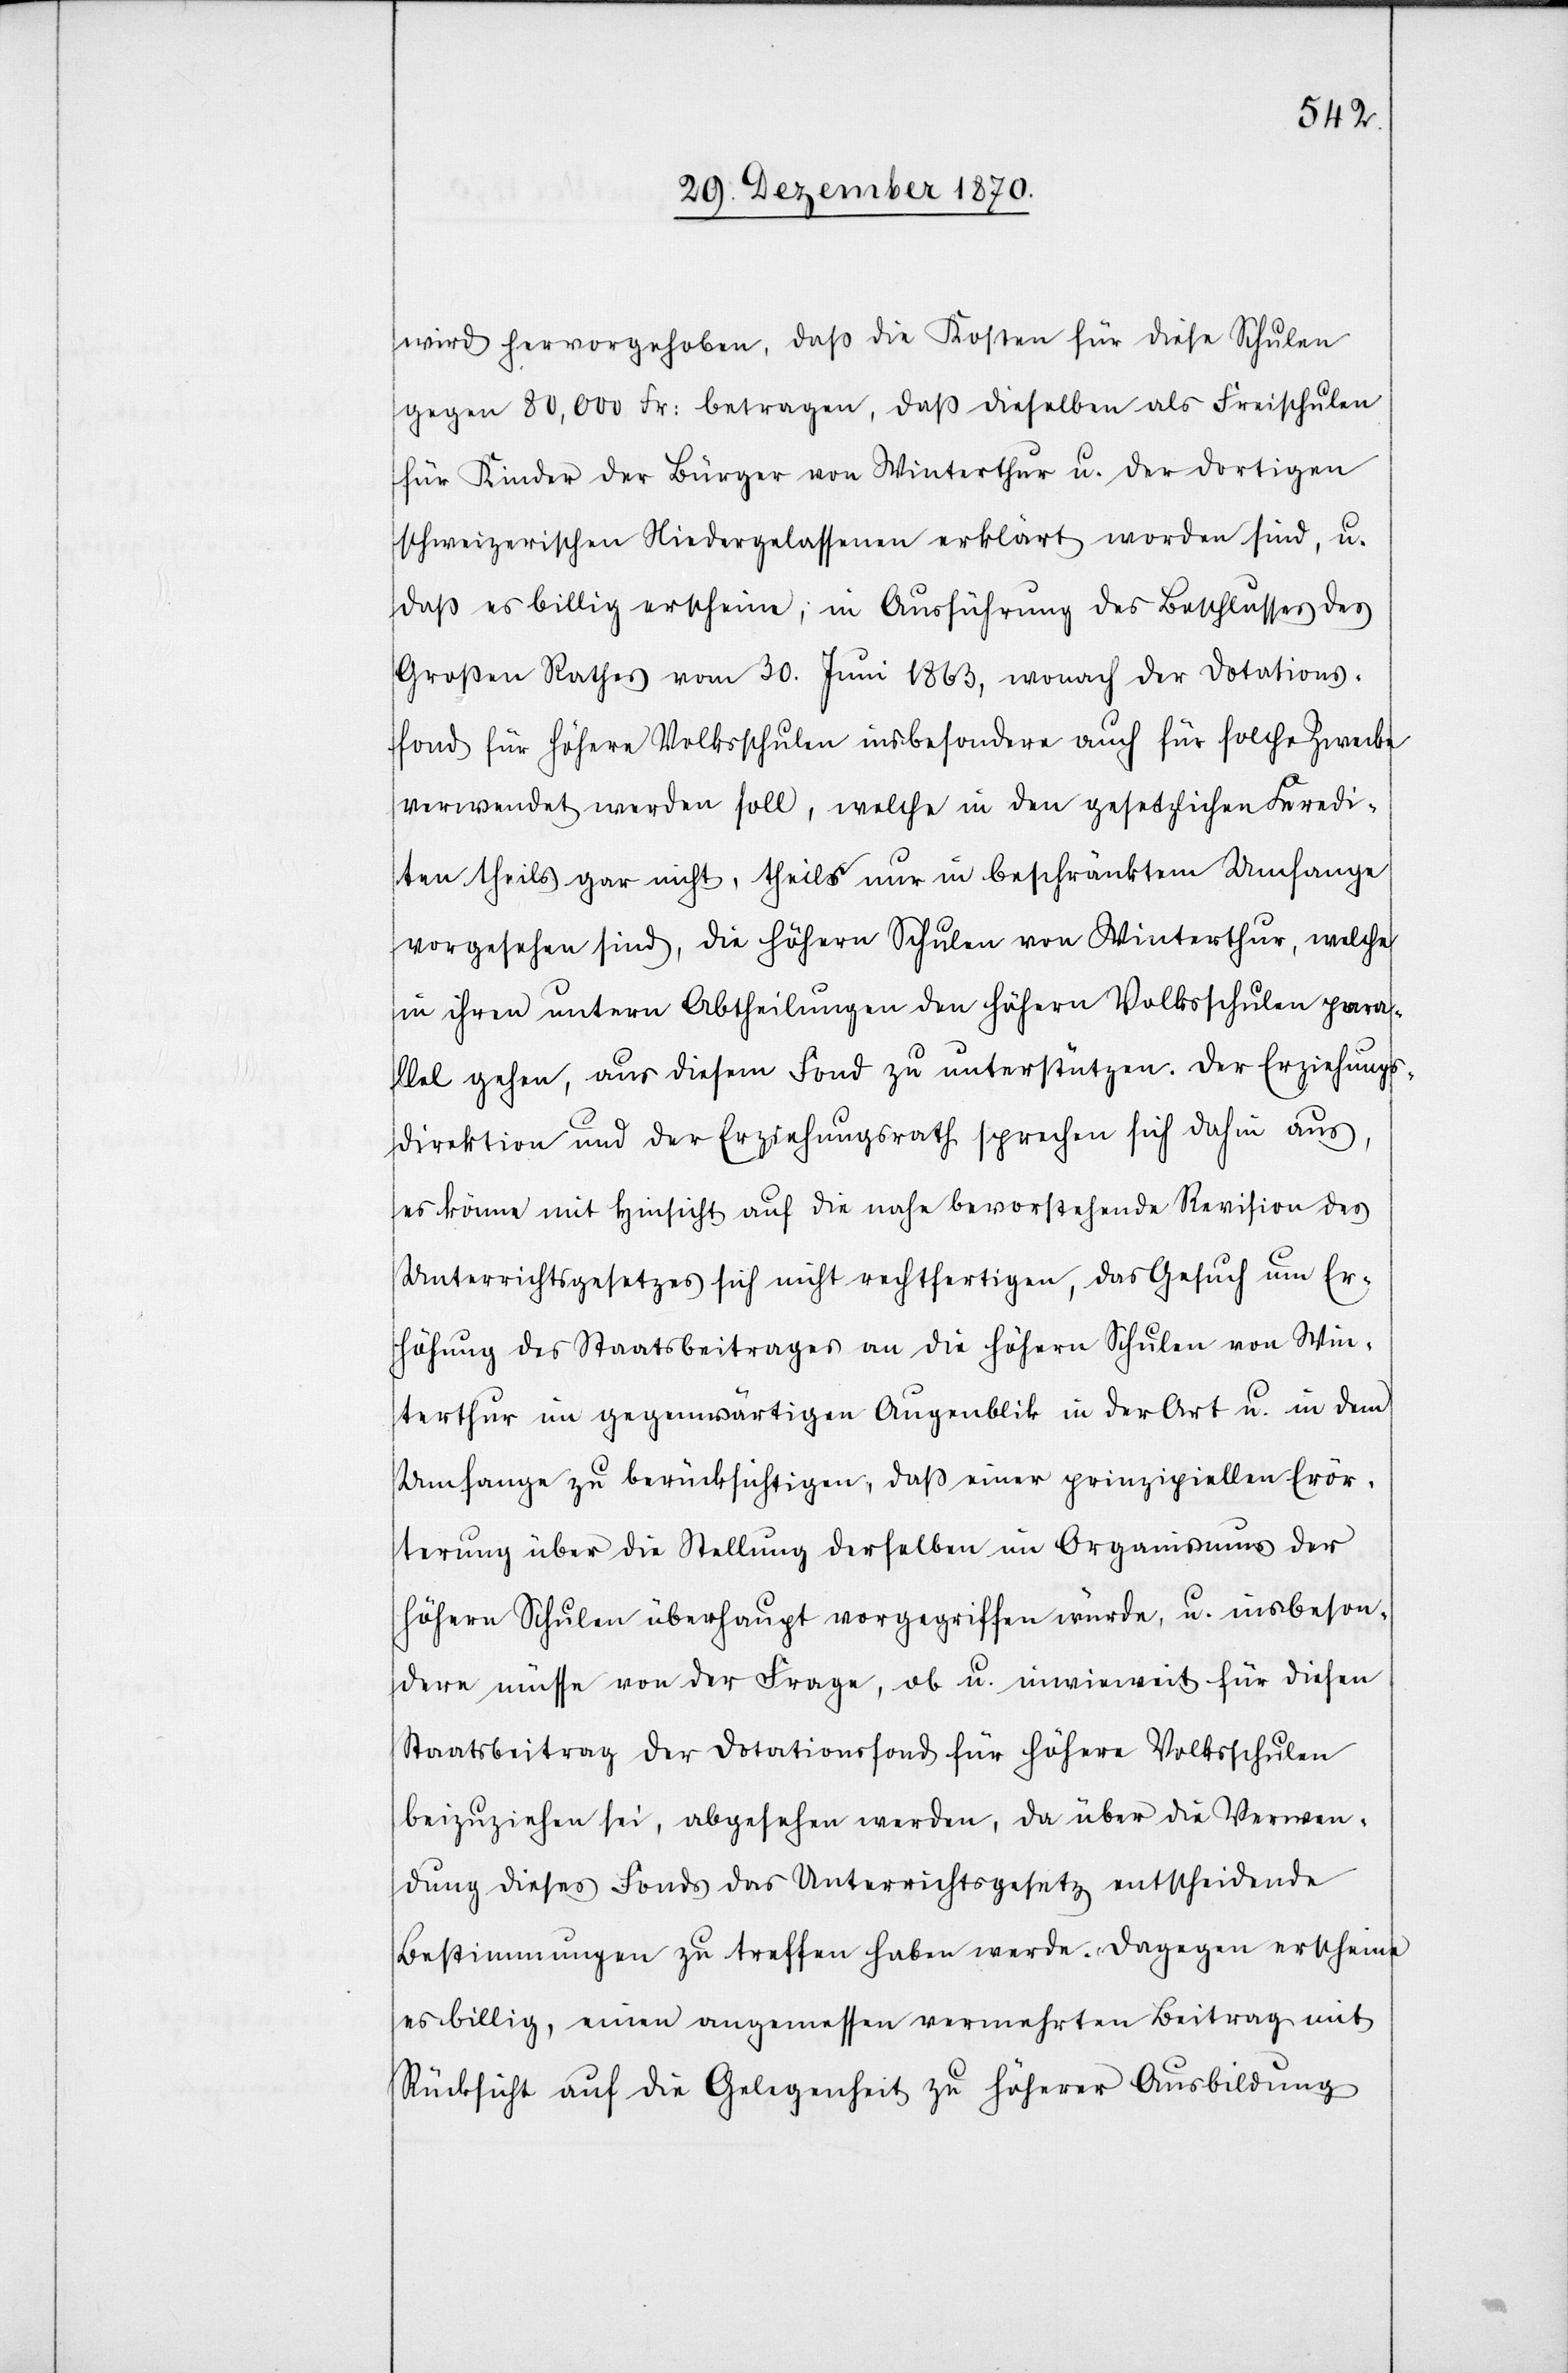
wird hervorgehoben, daß die Kosten für diese Schulen
gegen 80,000 Fr: betragen, daß dieselben als Freischulen
für Kinder der Bürger von Winterthur u. der dortigen
schweizerischen Niedergelassenen erklärt worden sind, u.
daß es billig erscheine, in Ausführung des Beschlusses des
Großen Rathes vom 30. Juni 1863, wonach der Dotations¬
fond für höhere Volksschulen insbesondere auch für solche Zwecke
verwendet werden soll, welche in den gesetzlichen Kredi¬
ten theils gar nicht, theils nur in beschränktem Umfange
vorgesehen sind, die höhern Schulen von Winterthur, welche
in ihren untern Abtheilungen den höhern Volksschulen para¬
llel gehen, aus diesem Fond zu unterstützen. Die Erziehungs¬
direktion und der Erziehungsrath sprechen sich dahin aus,
es könne mit Hinsicht auf die nahe bevorstehende Revision des
Unterrichtsgesetzes sich nicht rechtfertigen, das Gesuch um Er¬
höhung des Staatsbeitrages an die höhern Schulen von Win¬
terthur im gegenwärtigen Augenblick in der Art u. in dem
Umfange zu berücksichtigen, daß einer prinzipiellen Erör¬
terung über die Stellung derselben im Organismus der
höhern Schulen überhaupt vorgegriffen würde, u. insbeson¬
dere müsse von der Frage, ob u. inwieweit für diesen
Staatsbeitrag der Dotationsfond für höhere Volksschulen
beizuziehen sei, abgesehen werden, da über die Verwen¬
dung dieses Fonds das Unterrichtsgesetz entscheidende
Bestimmungen zu treffen haben werde. Dagegen erscheine
es billig, einen angemessen vermehrten Beitrag mit
Rücksicht auf die Gelegenheit zu höherer Ausbildung